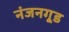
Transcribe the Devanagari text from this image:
नंजनगूड